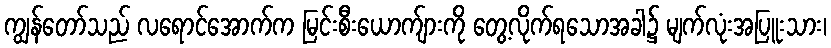
ကျွန်တော်သည် လရောင်အောက်က မြင်းစီးယောက်ျားကို တွေ့လိုက်ရသောအခါ၌ မျက်လုံးအပြူးသား၊